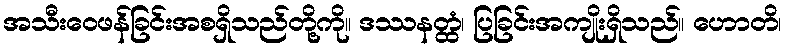
အသီးဝေဖန်ခြင်းအစရှိသည်တို့ကို။ ဒဿနတ္ထံ၊ ပြခြင်းအကျိုးရှိသည်။ ဟောတိ၊